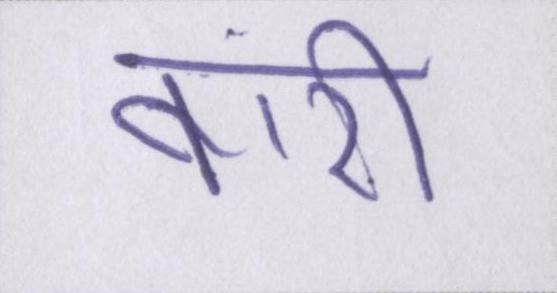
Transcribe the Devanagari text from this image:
बारी